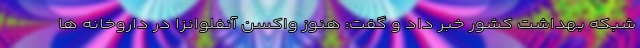
شبکه بهداشت کشور خبر داد و گفت: هنوز واکسن آنفلوانزا در داروخانه ها